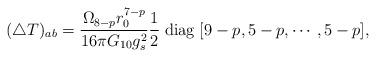
LaTeX: \begin{align*}(\triangle T)_{ab}=\frac{\Omega _{8-p}r_0^{7-p}}{16\pi G_{10}g_s^2} \frac{1}{2}\; {\rm diag}\; [9-p,5-p,\cdots,5-p],\end{align*}